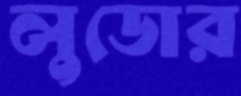
লুডোর